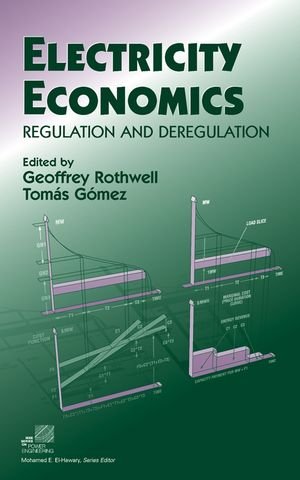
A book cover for Electricity Economics: Regulation and Deregulation; Geoffrey Rothwell; Business & Money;